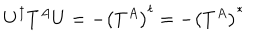
U ^ { \dagger } T ^ { A } U = - \left( T ^ { A } \right) ^ { t } = - \left( T ^ { A } \right) ^ { * }